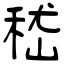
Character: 嵇